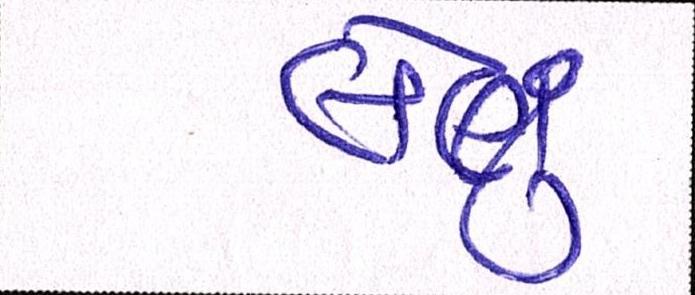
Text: લેણું